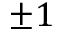
\pm 1